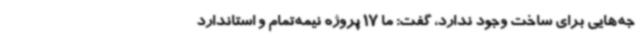
جه‌هایی برای ساخت وجود ندارد، گفت: ما 17 پروژه نیمه‌تمام و استاندارد